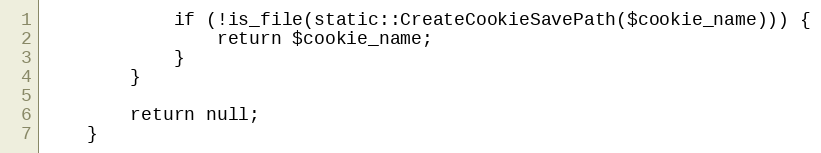
Language: PHP
			if (!is_file(static::CreateCookieSavePath($cookie_name))) {
				return $cookie_name;
			}
		}

		return null;
	}